Vaccination in the Punjab 1905-1918 - 1905-1918
Year: 1905
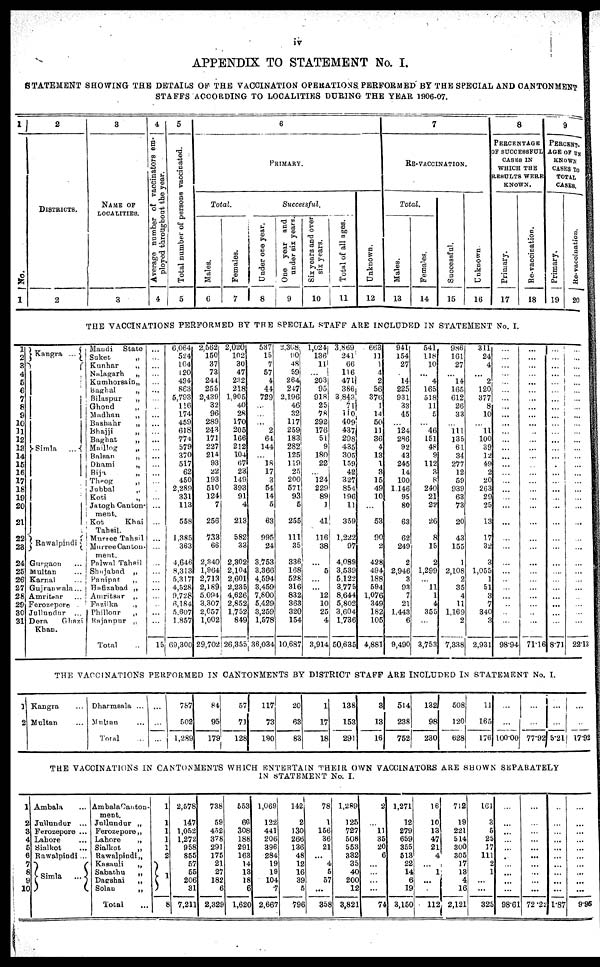
iv
APPENDIX TO STATEMENT No. I.
STATEMENT SHOWING THE DETAILS OF THE VACCINATION OPERATIONS PERFORMED BY THE SPECIAL AND CANTONMENT
STAFFS ACCORDING TO LOCALITIES DURING THE YEAR 1906-07.
1
No.
1
2
DISTRICTS.
2
3
NAME OF
LOCALITIES.
3
4
Average number of vaccinators em-
ployed throughout the year.
4
5
Total number of persons vaccinated.
5
6
PRIMARY.
Total.
Males.
6
Females.
7
Successful.
Under one year.
8
One year and
under six years.
9
Six years and over
six years.
10
Total of all ages.
11
Unknown.
12
7
RE-VACCINATION.
Total.
Males.
13
Females.
14
Successful.
15
Unknown.
16
8
PERCENTAGE
OF SUCCESSFUL
CASES IN
WHICH THE
RESULTS WERE
KNOWN.
Primary.
17
Re-vaccination.
18
9
PERCENT-
AGE OF UN
KNOWN
CASES TO
TOTAL
CASES.
Primary.
19
Re-vaccinatios.
20
THE VACCINATIONS PERFORMED BY THE SPECIAL STAFF ARE INCLUDED IN STATEMENT No. I.
1
2
3
4
5
6
7
8
9
10
11
12
13
14
15
16
17
18
19
20
21
22
23
24
25
26
27
28
29
30
31
Kangra ...
Simla
...
Rawalpindi
Gurgaon ...
Multan ...
Karnal ...
Gujranwala ...
Amritsar ...
Ferozepore ...
Jullundur ...
Dera
Ghazi
Khan.
Mandi
State
Suket
„
Kunhar
„
Nalagarh
„
Kumhorsain „
Baghal
„
Bilaspur
„
Ghond
„
Madhan
„
Bashahr
„
Bhajji
„
Baghat
„
Maillog
„
Balsan
„
Dhami
„
Bija „
Theog „
Jubbal
„
Koti „
Jatogh Canton-
ment.
Kot
Khai
Tahsil.
Murree Tahsil
Murree Canton-
ment.
Palwal Tahsil
Shujabad
„
Panipat
„
Hafizabad „
Amritsar „
Fazilka „
Phillour „
Rajanpur „
Total ...
...
...
...
...
...
...
...
...
...
...
...
...
...
...
...
...
...
...
...
...
...
...
...
...
...
...
...
...
...
...
...
15
6,064
524
104
120
494
863
5,793
116
174
459
618
774
579
370
517
62
450
2,289
331
113
558
1,385
363
4,646
8,313
5,317
4,528
9,728
6,184
5,607
1,857
69,300
2,562
150
37
73
244
255
2,439
32
96
289
243
171
227
214
93
22
193
510
124
7
256
733
66
2,340
1,964
2,713
2,189
5,094
3,307
2,057
1,002
29,702
2,020
102
30
47
232
218
1,905
40
28
170
205
166
212
104
67
23
149
393
91
4
213
582
33
2,302
2,104
2,601
2,235
4,626
2,852
1,752
849
26,355
537
15
7
57
4
44
729
...
...
...
2
64
144
...
18
17
3
54
14
5
63
995
24
3,753
3,366
4,594
3,459
7,800
5,429
3,259
1,578
36,034
2,368
90
48
59
264
247
2,196
46
32
117
259
183
282
125
119
25
200
571
93
5
255
111
35
336
168
528
316
832
363
320
154
10,687
1,024
136
11
...
203
95
918
25
78
292
176
51
9
180
22
...
124
229
89
1
41
116
38
...
5
...
...
12
10
25
4
3,914
3,869
241
66
116
471
386
3,843
71
110
409
437
298
435
305
159
42
327
854
196
11
359
1,222
97
4,089
3,539
5,122
3,775
8,644
5,802
3,604
1,736
50,635
663
11
1
4
2
56
376
1
14
50
11
36
4
13
1
3
15
49
10
...
53
90
2
428
494
188
594
1,076
349
182
105
4,881
941
154
27
...
14
225
931
33
45
...
124
286
92
43
245
14
100
1,146
95
80
63
62
249
2
2,946
3
93
7
21
1,443
6
9,490
541
118
10
...
4
165
518
11
5
...
46
151
48
9
112
3
8
240
21
22
26
8
15
2
1,299
...
11
1
4
355
...
3,753
986
161
27
...
14
165
612
26
33
...
111
135
61
34
277
12
59
939
63
73
20
43
155
1
2,108
2
35
4
11
1,169
2
7,338
311
24
4
...
2
120
377
8
10
...
11
100
39
12
49
2
20
263
29
25
13
17
32
3
1,055
1
51
3
7
340
3
2,931
...
...
...
...
...
...
...
...
...
...
...
...
...
...
...
...
...
...
...
...
...
...
...
...
...
...
...
...
...
...
...
98.94
...
...
...
...
...
...
...
...
...
...
...
...
...
...
...
...
...
...
...
...
...
...
...
...
...
...
...
...
...
...
...
71.16
...
...
...
...
...
...
...
...
...
...
...
...
...
...
...
...
...
...
...
...
...
...
...
...
...
...
...
...
...
...
...
8.71
...
...
...
...
...
...
...
...
...
...
...
...
...
...
...
...
...
...
...
...
...
...
...
...
...
...
...
...
...
...
...
22.13
THE VACCINATIONS PERFORMED IN CANTONMENTS BY DISTRICT STAFF ARE INCLUDED IN STATEMENT No. I.
1
2
Kangra ...
Multan ...
Dharmsala ...
Multan ...
Total
...
...
...
...
787
502
1,289
84
95
179
57
71
128
117
73
190
20
63
83
1
17
18
138
153
291
3
13
16
514
238
752
132
98
230
508
120
628
11
165
176
...
...
100.00
...
...
77.92
...
...
5.21
...
...
17.92
THE VACCINATIONS IN CANTONMENTS WHICH ENTERTAIN THEIR OWN VACCINATORS ARE SHOWN SEPARATELY
IN STATEMENT No. I.
1
2
3
4
5
6
7
8
9
10
Ambala ...
Jullundur ...
Ferozepore ...
Lahore ...
Sialkot ...
Rawalpindi ...
Simla
...
Ambala Canton-
ment.
Jullundur „
Ferozepore „
Lahore
„
Sialkot
„
Rawalpindi „
Kasauli
„
Sabathu
„
Dagshai
„
Solan
„
Total ...
1
1
1
1
1
2
1
8
2,578
147
1,052
1,272
958
855
57
55
206
31
7,211
738
59
452
378
291
175
21
27
182
6
2,329
553
66
308
188
291
163
14
13
18
6
1,620
1,069
122
441
206
396
284
19
19
104
7
2,667
142
2
130
266
136
48
12
16
39
5
796
78
1
156
36
21
...
4
5
57
...
358
1,289
125
727
508
553
332
35
40
200
12
3,821
2
...
11
35
20
6
...
...
...
...
74
1,271
12
279
659
355
513
22
14
6
19
3,150
16
10
13
47
21
4
...
1
...
...
112
712
19
221
514
300
305
17
13
4
16
2,121
161
3
5
25
17
111
2
1
...
...
325
...
...
...
...
...
...
...
...
...
...
98.61
...
...
...
...
...
...
...
...
...
...
72.22
...
...
...
...
...
...
...
...
...
...
1.87
...
...
...
...
...
...
...
...
...
...
9.95